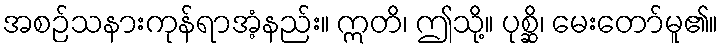
အစဉ်သနားကုန်ရာအံ့နည်း။ ဣတိ၊ ဤသို့။ ပုစ္ဆိ၊ မေးတော်မူ၏။